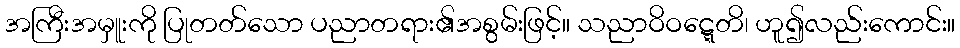
အကြီးအမှူးကို ပြုတတ်သော ပညာတရား၏အစွမ်းဖြင့်။ သညာဝိဝဋ္ဋေတိ၊ ဟူ၍လည်းကောင်း။